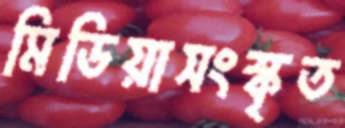
মিডিয়াসংস্কৃত